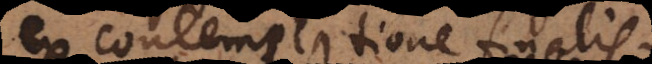
ex contemplatione finalis